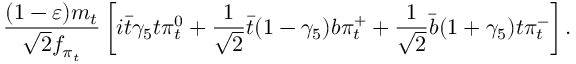
\frac { ( 1 - \varepsilon ) m _ { t } } { \sqrt { 2 } f _ { \pi _ { t } } } \left[ i \bar { t } \gamma _ { 5 } t \pi _ { t } ^ { 0 } + \frac { 1 } { \sqrt { 2 } } \bar { t } ( 1 - \gamma _ { 5 } ) b \pi _ { t } ^ { + } + \frac { 1 } { \sqrt { 2 } } \bar { b } ( 1 + \gamma _ { 5 } ) t \pi _ { t } ^ { - } \right] .